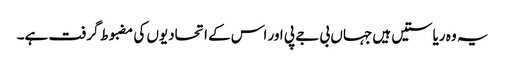
یہ وہ ریاستیں ہیں جہاں بی جے پی اور اس کے اتحادیوں کی مضبوط گرفت ہے۔